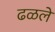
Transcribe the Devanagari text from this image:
ढळले